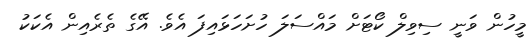
މީހުން ވަނީ ސިވިލް ކޯޓަށް މައްސަލަ ހުށަހަޅައިފަ އެވެ. އޭގެ ތެރެއިން އެކަކު